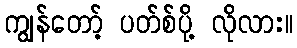
ကျွန်တော့် ပတ်စ်ပို့ လိုလား။